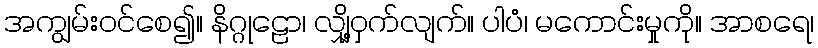
အကျွမ်းဝင်စေ၍။ နိဂ္ဂုဠော၊ လျှို့ဝှက်လျက်။ ပါပံ၊ မကောင်းမှုကို။ အာစရေ၊